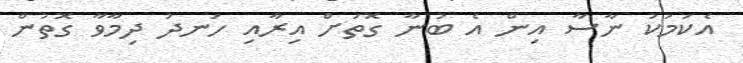
އެކަމަކު ނާސާ އިން އެ ބުނާ ގޮތަށް އިރާއި ހަނދު ދިމާވާ ގޮތުން